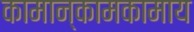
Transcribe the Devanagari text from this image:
कामान्कामकामाय